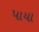
પાયા